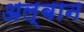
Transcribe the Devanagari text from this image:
अल्बान